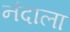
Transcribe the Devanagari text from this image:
नंदाला